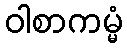
ဝါစာကမ္မံ